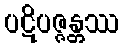
ပဋိပဇ္ဇန္တဿ